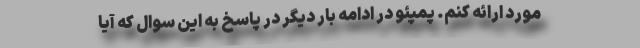
مورد ارائه کنم. پمپئو در ادامه بار دیگر در پاسخ به این سوال که آیا